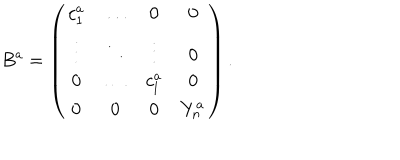
LaTeX: B ^ { a } = \left( \begin{array} { c c c c } { { c _ { 1 } ^ { a } } } & { { \ldots } } & { { 0 } } & { { 0 } } \\ { { \vdots } } & { { \ddots } } & { { \vdots } } & { { 0 } } \\ { { 0 } } & { { \ldots } } & { { c _ { l } ^ { a } } } & { { 0 } } \\ { { 0 } } & { { 0 } } & { { 0 } } & { { Y _ { n } ^ { a } } } \\ \end{array} \right) .